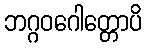
ဘဂ္ဂဝဂေါတ္တောပိ